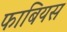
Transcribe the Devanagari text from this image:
फाबियस